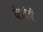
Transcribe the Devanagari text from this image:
पेटरोली